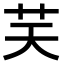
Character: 𦬞